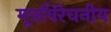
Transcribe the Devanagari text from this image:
मूत्रविरेचनीय